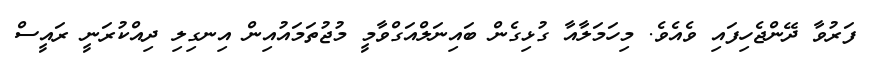
ފަރުވާ ދޭންޖެހިފައި ވެއެވެ. މިހަމަލާއާ ގުޅިގެން ބައިނަލްއަގްވާމީ މުޖުތަމައުއިން އިނގިލި ދިއްކުރަނީ ރައީސް